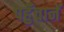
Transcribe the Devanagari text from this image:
पहुँचानें